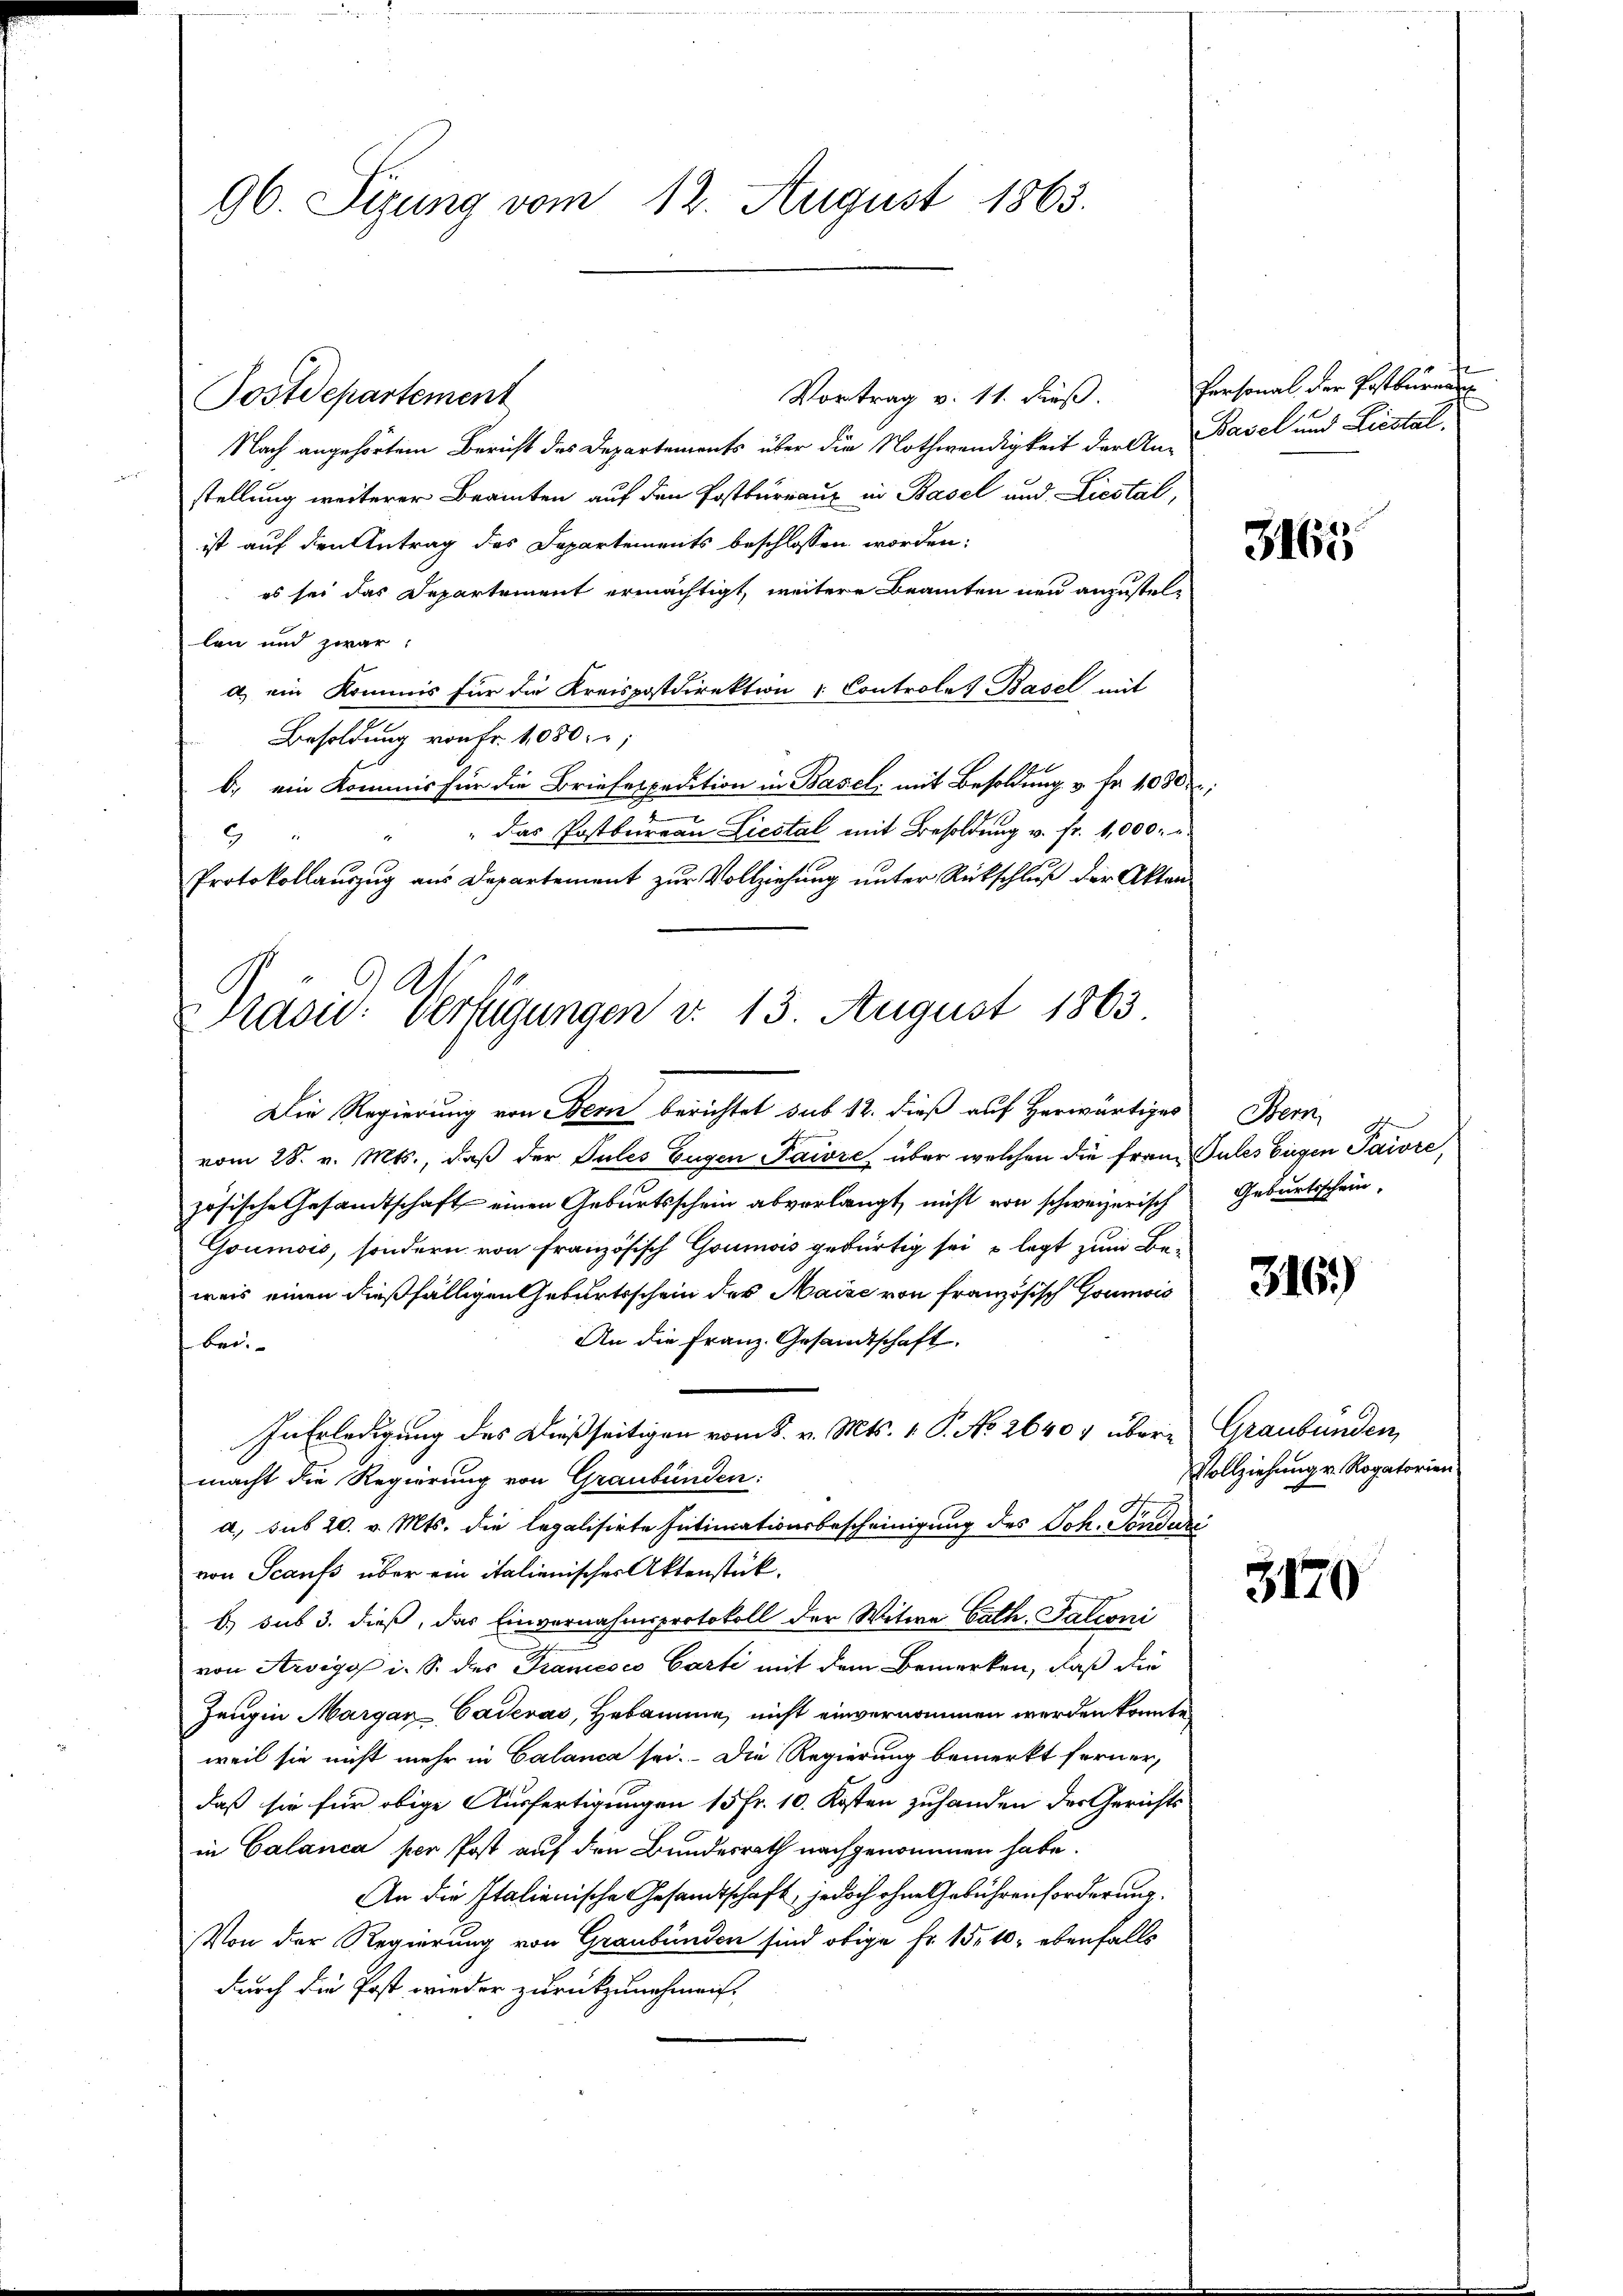
96. Siung vom 12. August 1863.

Vortrag v. 11. dieß. Personal der Postburgung
Postdepartement
Nach angehörtem Bericht des Departements über die Nothwendigkeit der An-
stellung weiterer Beamten auf den Postburraus in Basel und Liestal,
ist auf den Antrag des Departements beschlossen worden:
es sei das Departement ermächtigt, weitere Beamten neu anzustellen und zwar:
a) ein Kommis für die Kreispostdirektion : Controlet Basel mit
Besoldung von Fr. 1080.
b. ein Kommis für die Briefespedition in Basel, mit Besoldung v. Fr. 1080;
e
das Postbureau Liestal mit Besoldung v. fr. 1,000.
9
Protokollauszug aus Departement zur Vollziehung unter Rückschluß der Akten¬
Die Regierung von Bern berichtet sub 12. dieß auf Herwärtiges
vom 28. v. Mts., daß der Pules Eugen Paire, über welchen die franz Gutes Eigen Paiore,
zösische Gesandtschaft einen Geburtsschein abverlangt, nicht von schweizerisch
Goumois, sondern von Französisch Goumois gebürtig sei u legt zum Be-
weis einen dießfälligen Geburtsschein des Maise von französisch Goumois
An die Franz. Gesandtschaft.
bei.
In Erledigung des Dießseitigen vom 8. v. Mts. 1 P. No 2640 übere Graubünden,
macht die Regierung von Graubünden:
a, sub 20. v. Mts. die legalisirte Intimationsbescheinigung des Joh. Sonderei
von Scaufs über ein italienischer Aktenstück.
b) sub 3. dieß, das Einvernahmsprotokoll der Witwe Cath. Talioni
von Arvigo i. S. des Tramesco Carti mit dem Bemerken, daß die
Zeugin Margan-Cadevás, Hebamme, nicht einvernommen werden könnte
weil sie nicht mehr in Calanca sei. Die Regierung bemerkt ferner,
daß sie für obige Ausfertigungen 15 fr. 10. Kosten zuhanden der Gerichts
in Calanca per Post auf den Bundesrath nachgenommen habe.
An die Italienische Gesandtschaft, jedoch ohne Gebührenforderung.
Von der Regierung von Graubünden sind obige Fr. 15. 10, ebenfalls
durch die Post wieder zurückzunehmen.

Zasid: Verfügungen d. 13. August 1863

Basel und Liestal.

3165

Stern
Geburtsschein,

316)

Vollziehung v. Rogatorien

3170